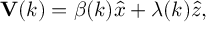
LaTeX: { \bf V } ( k ) = \beta ( k ) \hat { x } + \lambda ( k ) \hat { z } ,